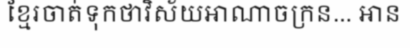
ខ្មែរចាត់ទុកថាវិស័យអាណាចក្រន... អាន